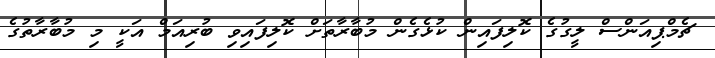
ޗެމްޕިއަންސް ލީގުގެ ކޮލިފައިން ކުޅެގެން މުބާރާތަށް ކޮލިފައިވި ބުރިއަމް އަކީ މި މުބާރާތުގެ